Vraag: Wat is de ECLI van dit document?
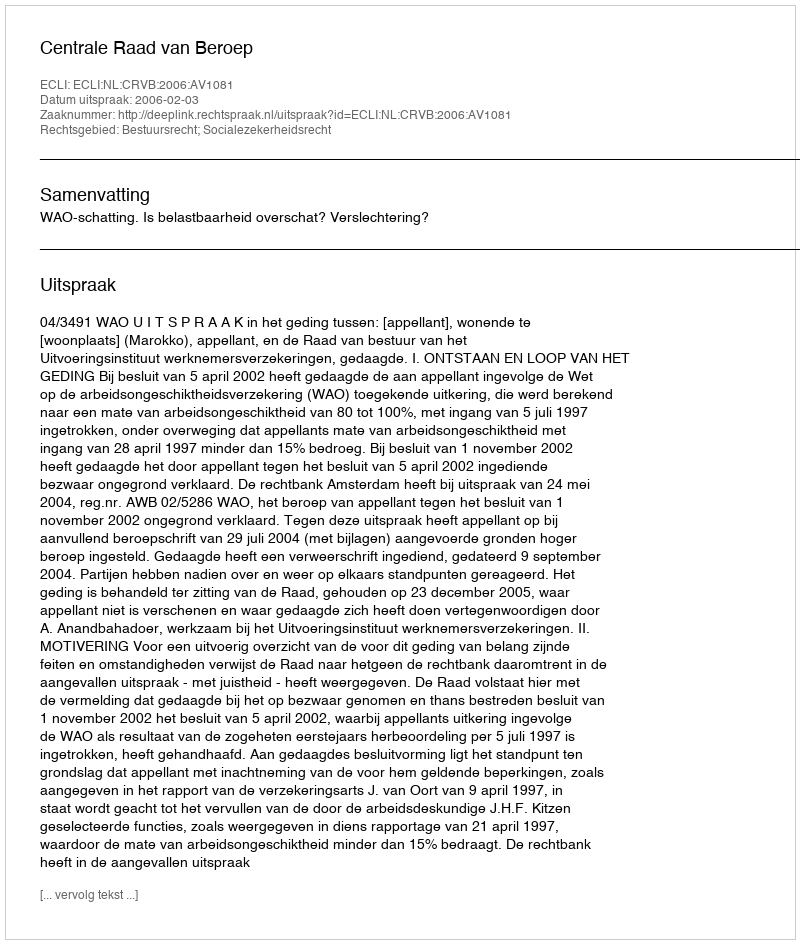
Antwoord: ECLI:NL:CRVB:2006:AV1081